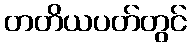
တတိယပတ်တွင်